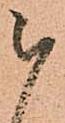
被